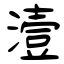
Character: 潱